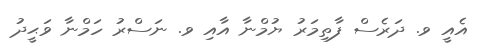
އެއީ ވ. ދަރެސް ފާތިމަރު ޔުމްނާ އާއި ވ. ނަސްރު ހަމްނާ ވަޙީދު